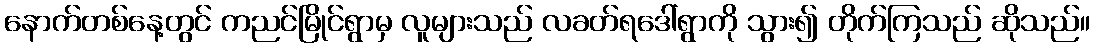
နောက်တစ်နေ့တွင် ကညင်မြိုင်ရွာမှ လူများသည် လခတ်ရဒေါ်ရွာကို သွား၍ တိုက်ကြသည် ဆိုသည်။